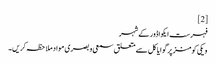
[2]
فہرست ایکواڈور کے شہر
ویکی کومنز پر گوایاکل سے متعلق سمعی و بصری مواد ملاحظہ کریں۔